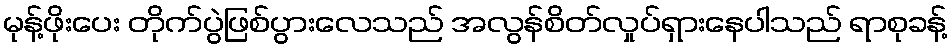
မုန့်ဖိုးပေး တိုက်ပွဲဖြစ်ပွားလေသည် အလွန်စိတ်လှုပ်ရှားနေပါသည် ရာစုခန့်